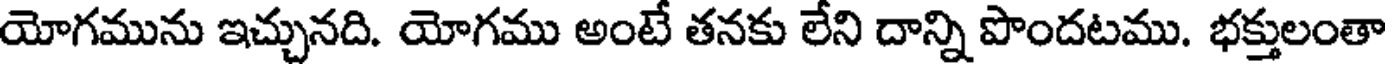
యోగమును ఇచ్చునది. యోగము అంటే తనకు లేని దాన్ని పొందటము. భక్తులంతా